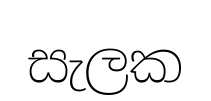
සැලක